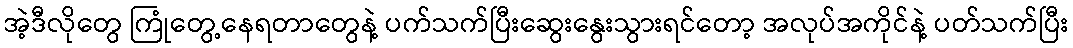
အဲ့ဒီလိုတွေ ကြုံတွေ့နေရတာတွေနဲ့ ပက်သက်ပြီးဆွေးနွေးသွားရင်တော့ အလုပ်အကိုင်နဲ့ ပတ်သက်ပြီး